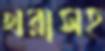
খরাসহ